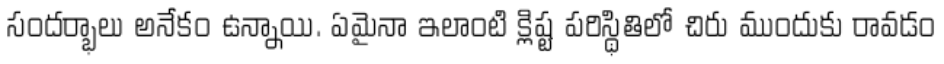
సందర్భాలు అనేకం ఉన్నాయి. ఏమైనా ఇలాంటి క్లిష్ట పరిస్థితిలో చిరు ముందుకు రావడం